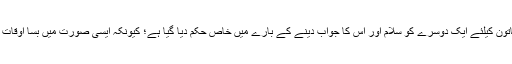
لیکن اجنبی مرد و خاتون کیلئے ایک دوسرے کو سلام اور اس کا جواب دینے کے بارے میں خاص حکم دیا گیا ہے؛ کیونکہ ایسی صورت میں بسا اوقات فتنے کا ڈر ہوتا ہے۔